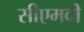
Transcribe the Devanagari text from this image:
सीएमवी